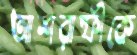
আশরাফীকে